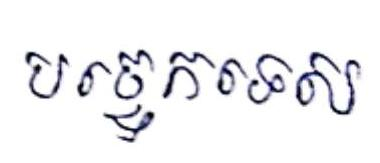
បច្ចេកទេស